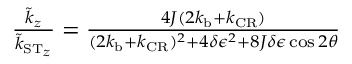
\begin{array} { r } { \frac { \tilde { k } _ { z } } { \tilde { k } _ { \ensuremath { \mathrm { S } } \ensuremath { \mathrm { T } } _ { z } } } = \frac { 4 J ( 2 k _ { \mathrm { b } } + k _ { \mathrm { C R } } ) } { ( 2 k _ { \mathrm { b } } + k _ { \mathrm { C R } } ) ^ { 2 } + 4 \delta \epsilon ^ { 2 } + 8 J \delta \epsilon \cos 2 \theta } } \end{array}